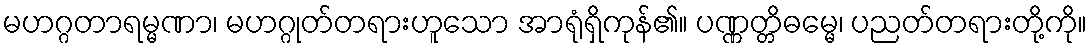
မဟဂ္ဂတာရမ္မဏာ၊ မဟဂ္ဂုတ်တရားဟူသော အာရုံရှိကုန်၏။ ပဏ္ဏတ္တိဓမ္မေ၊ ပညတ်တရားတို့ကို။